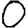
Digit: 0